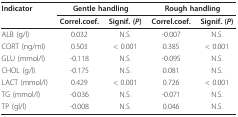
<table><thead><tr><td><b>Indicator</b></td><td colspan="2"><b>Gentle handling</b></td><td colspan="2"><b>Rough handling</b></td></tr><tr><td></td><td><b>Correl.coef.</b></td><td><b>Signif. (<i>P</i>)</b></td><td><b>Correl.coef.</b></td><td><b>Signif. (<i>P</i>)</b></td></tr></thead><tbody><tr><td>ALB (g/l)</td><td>0.032</td><td>N.S.</td><td>-0.007</td><td>N.S.</td></tr><tr><td>CORT (ng/ml)</td><td>0.503</td><td>&lt; 0.001</td><td>0.385</td><td>&lt; 0.001</td></tr><tr><td>GLU (mmol/l)</td><td>-0.118</td><td>N.S.</td><td>-0.095</td><td>N.S.</td></tr><tr><td>CHOL (g/l)</td><td>-0.175</td><td>N.S.</td><td>0.081</td><td>N.S.</td></tr><tr><td>LACT (mmol/l)</td><td>0.429</td><td>&lt; 0.001</td><td>0.726</td><td>&lt; 0.001</td></tr><tr><td>TG (mmol/l)</td><td>-0.036</td><td>N.S.</td><td>-0.071</td><td>N.S.</td></tr><tr><td>TP (gl/l)</td><td>-0.008</td><td>N.S.</td><td>0.046</td><td>N.S.</td></tr></tbody></table>